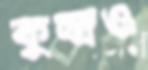
কুন্দ্রও